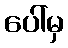
ပေါ်မှ